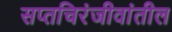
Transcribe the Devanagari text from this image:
सप्तचिरंजीवांतील